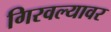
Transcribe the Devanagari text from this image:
गिरवल्यावर